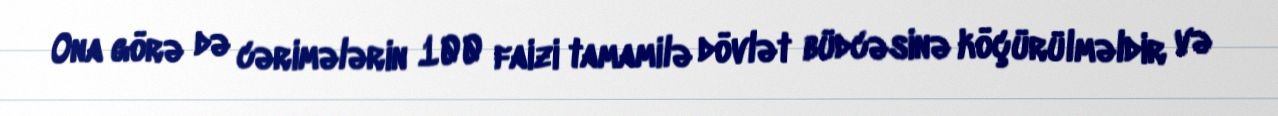
Ona görə də cərimələrin 100 faizi tamamilə dövlət büdcəsinə köçürülməldir və